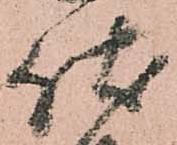
伏